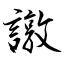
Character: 譈